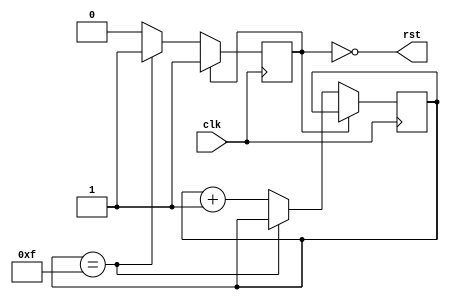
module por(
  input clk,
  output rst);

  // Not sure it's universally synthesizable
  // but ok for iCEstick.

  // Assuming regs below are initialized to 0
  // (explicit init will trigger warnigns on some toolchains)
  reg por_done; /* synthesis syn_preserve = 1 */
  reg [3:0] count; /* synthesis syn_preserve = 1 */

  always @(posedge clk) begin
    if (!por_done)
      if (count == 4'd15) begin
        por_done <= 1;
      end else begin
        count <= count + 1'd1;
      end
  end

  assign rst = !por_done;

endmodule